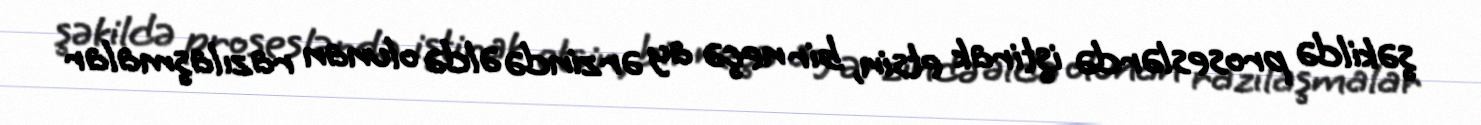
şəkildə proseslərdə iştirak etsin, bir neçə ay ərzində əldə olunan razılaşmalar